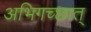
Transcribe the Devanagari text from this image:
अभिगच्छात्